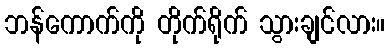
ဘန်ကောက်ကို တိုက်ရိုက် သွားချင်လား။